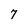
Character: 7